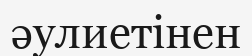
әулиетінен